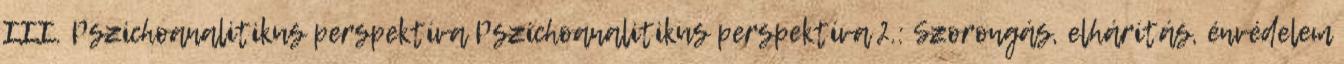
III. Pszichoanalitikus perspektíva Pszichoanalitikus perspektíva 2.: Szorongás, elhárítás, énvédelem